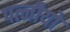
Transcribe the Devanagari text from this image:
पत्नीयो